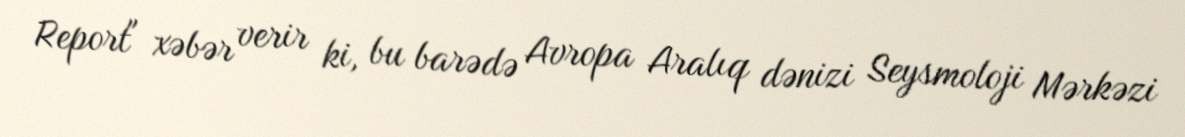
Report" xəbər verir ki, bu barədə Avropa Aralıq dənizi Seysmoloji Mərkəzi